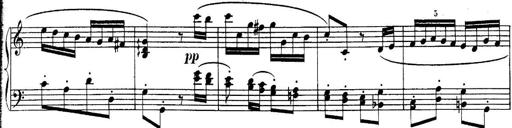
Title: Sonatina for Piano
Composer: BÃ©la BartÃ³k